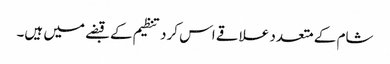
شام کے متعدد علاقے اس کرد تنظیم کے قبضے میں ہیں۔